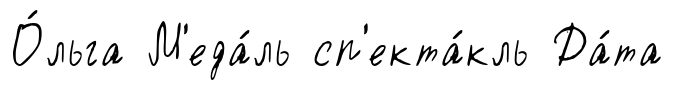
О́льга М'еда́ль сп'екта́кль Да́та